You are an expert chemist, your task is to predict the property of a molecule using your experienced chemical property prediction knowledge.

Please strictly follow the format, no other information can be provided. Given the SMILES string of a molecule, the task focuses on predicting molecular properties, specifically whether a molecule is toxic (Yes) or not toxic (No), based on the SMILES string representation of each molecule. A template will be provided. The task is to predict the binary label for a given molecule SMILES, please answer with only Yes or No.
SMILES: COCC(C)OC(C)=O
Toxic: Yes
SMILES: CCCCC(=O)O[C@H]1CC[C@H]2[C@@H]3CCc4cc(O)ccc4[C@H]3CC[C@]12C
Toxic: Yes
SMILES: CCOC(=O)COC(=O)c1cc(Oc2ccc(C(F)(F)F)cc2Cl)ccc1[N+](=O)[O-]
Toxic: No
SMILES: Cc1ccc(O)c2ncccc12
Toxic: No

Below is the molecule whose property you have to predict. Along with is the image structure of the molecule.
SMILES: O=C1c2ccccc2C(=O)C1(O)O
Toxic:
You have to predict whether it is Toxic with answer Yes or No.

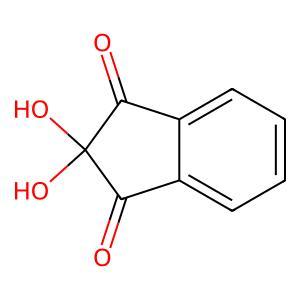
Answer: No